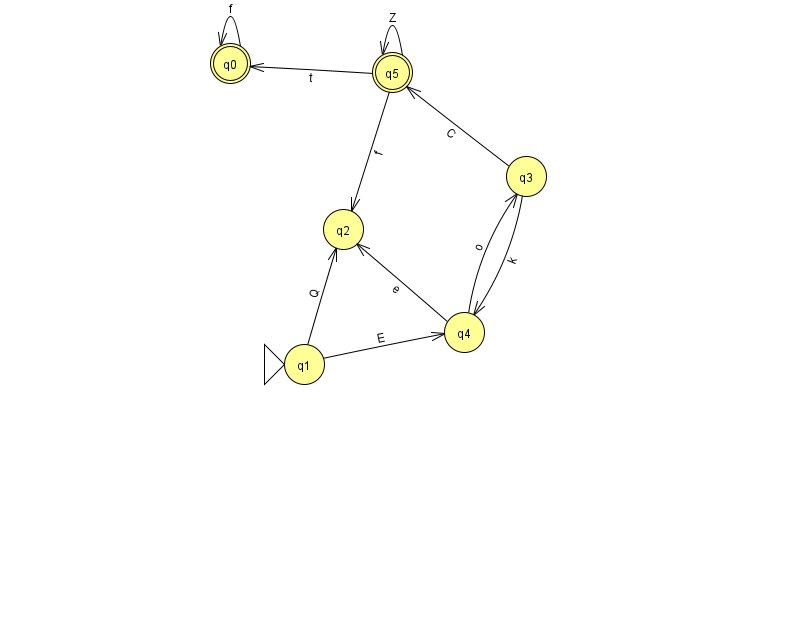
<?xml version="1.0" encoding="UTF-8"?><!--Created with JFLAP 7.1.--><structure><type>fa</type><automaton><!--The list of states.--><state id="0" name="q0"><x>230.0</x><y>50.0</y><final/></state><state id="1" name="q1"><x>304.0</x><y>351.0</y><initial/></state><state id="2" name="q2"><x>343.0</x><y>216.0</y></state><state id="3" name="q3"><x>526.0</x><y>163.0</y></state><state id="4" name="q4"><x>464.0</x><y>319.0</y></state><state id="5" name="q5"><x>392.0</x><y>59.0</y><final/></state><!--The list of transitions.--><transition><from>4</from><to>2</to><read>e</read></transition><transition><from>5</from><to>2</to><read>f</read></transition><transition><from>0</from><to>0</to><read>f</read></transition><transition><from>1</from><to>2</to><read>Q</read></transition><transition><from>3</from><to>5</to><read>C</read></transition><transition><from>5</from><to>0</to><read>t</read></transition><transition><from>1</from><to>4</to><read>E</read></transition><transition><from>4</from><to>3</to><read>o</read></transition><transition><from>5</from><to>5</to><read>Z</read></transition><transition><from>3</from><to>4</to><read>k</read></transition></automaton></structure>